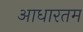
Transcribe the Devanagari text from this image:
आधारतम